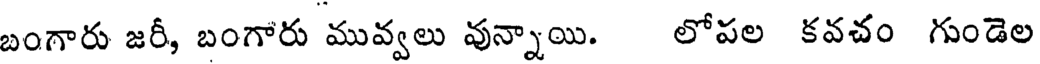
బంగారు జరీ, బంగారు మువ్వలు వున్నాయి. లోపల కవచం గుండెల